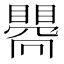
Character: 𥋬